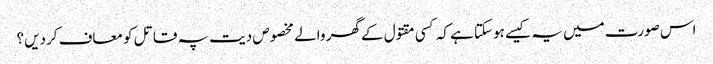
اس صورت میں یہ کیسے ہوسکتا ہے کہ کسی مقتول کے گھر والے مخصوص دیت پہ قاتل کو معاف کردیں؟